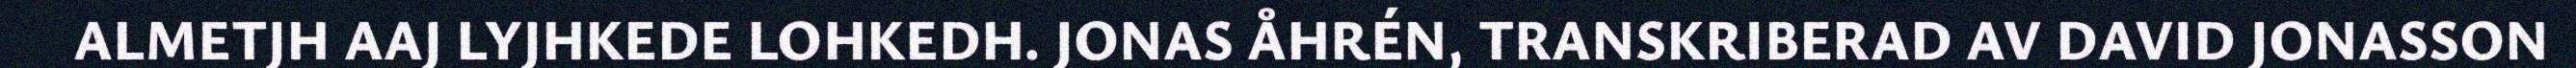
ALMETJH AAJ LYJHKEDE LOHKEDH. JONAS ÅHRÉN, TRANSKRIBERAD AV DAVID JONASSON